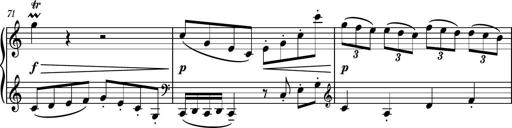
Title: Piano Sonatina No.3
Composer: Dimitri Sykias
Key: C major